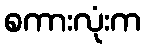
စကားလုံးက